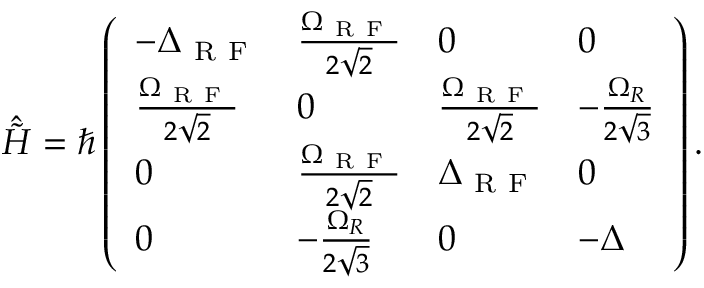
\begin{array} { r } { \hat { \Tilde { H } } = \hbar \left( \begin{array} { l l l l } { - \Delta _ { \mathrm { ~ R ~ F ~ } } } & { \frac { \Omega _ { \mathrm { ~ R ~ F ~ } } } { 2 \sqrt { 2 } } } & { 0 } & { 0 } \\ { \frac { \Omega _ { \mathrm { ~ R ~ F ~ } } } { 2 \sqrt { 2 } } } & { 0 } & { \frac { \Omega _ { \mathrm { ~ R ~ F ~ } } } { 2 \sqrt { 2 } } } & { - \frac { \Omega _ { R } } { 2 \sqrt { 3 } } } \\ { 0 } & { \frac { \Omega _ { \mathrm { ~ R ~ F ~ } } } { 2 \sqrt { 2 } } } & { \Delta _ { \mathrm { ~ R ~ F ~ } } } & { 0 } \\ { 0 } & { - \frac { \Omega _ { R } } { 2 \sqrt { 3 } } } & { 0 } & { - \Delta } \end{array} \right) . } \end{array}